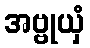
အဗ္ဗုယှံ